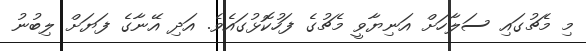
މި މެޗުގައި ސަލާހަށް އަނިޔާވީ މެޗުގެ ފަހުކޮޅުގައެވެ. އަދި އޭނާގެ ފަޔަށް ލިބުނު